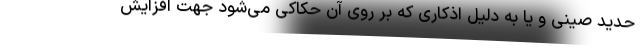
حدید صینی و یا به دلیل اذکاری که بر روی آن حکاکی می‌شود جهت افزایش